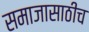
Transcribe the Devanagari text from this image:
समाजासाठीच